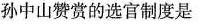
孙中山赞赏的选官制度是